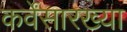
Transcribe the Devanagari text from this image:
कर्वेंसारख्या